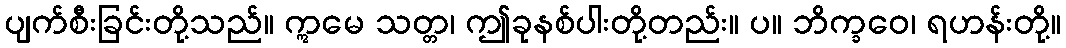
ပျက်စီးခြင်းတို့သည်။ ဣမေ သတ္တ၊ ဤခုနစ်ပါးတို့တည်း။ ပ။ ဘိက္ခဝေ၊ ရဟန်းတို့။